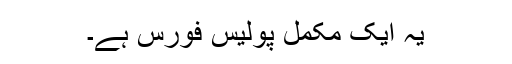
یہ ایک مکمل پولیس فورس ہے۔